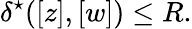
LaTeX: \delta^{\star}([z],[w])\leq R.